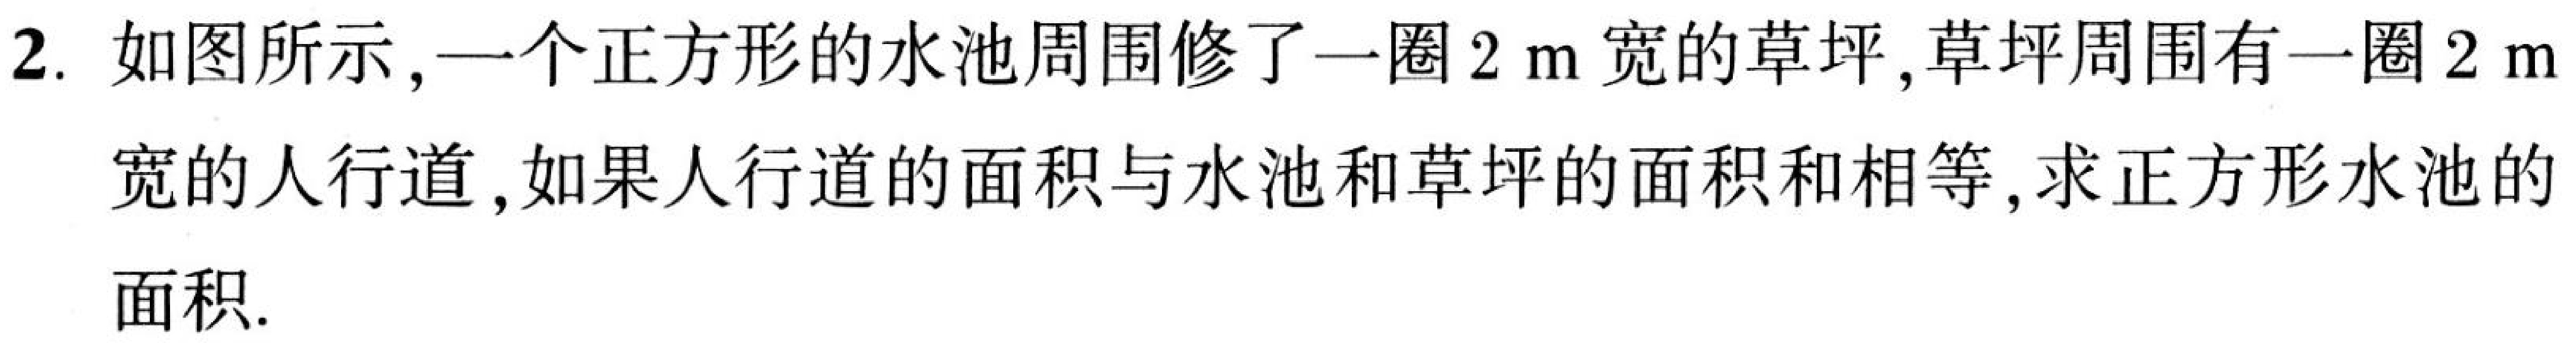
2. 如图所示,一个正方形的水池周围修了一圈\(2\mathrm{m}\)宽的草坪,草坪周围有一圈\(2\mathrm{m}\)宽的人行道,如果人行道的面积与水池和草坪的面积和相等,求正方形水池的面积.